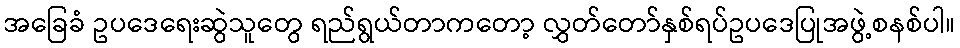
အခြေခံ ဥပဒေရေးဆွဲသူတွေ ရည်ရွယ်တာကတော့ လွှတ်တော်နှစ်ရပ်ဥပဒေပြုအဖွဲ့စနစ်ပါ။